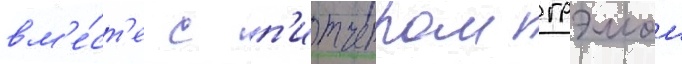
вм'е́ст'е с п'итчером грэмом